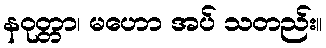
နဝုတ္တာ၊ မဟော အပ် သတည်း။